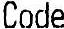
CODE